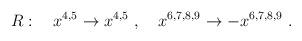
LaTeX: \begin{align*}R:\quad x^{4,5} \to x^{4,5} \ , \quad x^{6,7,8,9} \to - x^{6,7,8,9}\ .\end{align*}